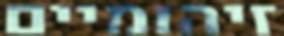
זיהומיים